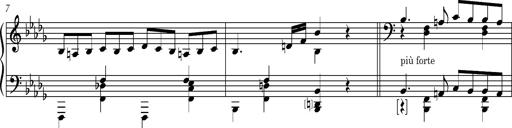
Title: 8 Album Leaves
Composer: Franz Liszt